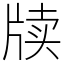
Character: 牍